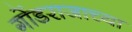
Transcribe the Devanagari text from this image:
गोंडराजाच्या